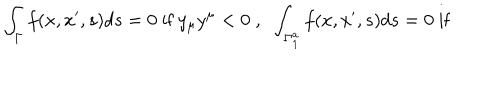
\int _ { \Gamma } f ( x , x ^ { \prime } , s ) d s = 0 \; \mathrm { i f } \; y _ { \mu } y ^ { \mu } < 0 \; , \; \; \int _ { \Gamma _ { 1 } ^ { a } } f ( x , x ^ { \prime } , s ) d s = 0 \; \mathrm { i f }